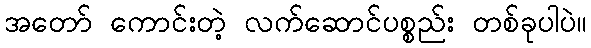
အတော် ကောင်းတဲ့ လက်ဆောင်ပစ္စည်း တစ်ခုပါပဲ။